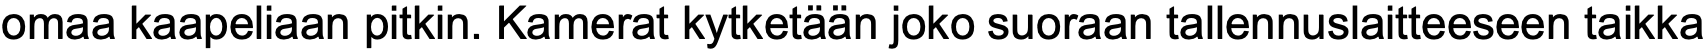
omaa kaapeliaan pitkin. Kamerat kytketään joko suoraan tallennuslaitteeseen taikka